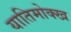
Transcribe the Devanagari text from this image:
यातिमोक्ख